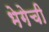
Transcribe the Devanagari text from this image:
भेगेची